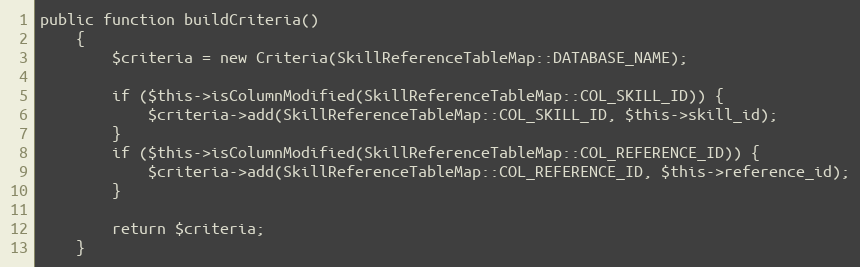
Language: PHP
public function buildCriteria()
    {
        $criteria = new Criteria(SkillReferenceTableMap::DATABASE_NAME);

        if ($this->isColumnModified(SkillReferenceTableMap::COL_SKILL_ID)) {
            $criteria->add(SkillReferenceTableMap::COL_SKILL_ID, $this->skill_id);
        }
        if ($this->isColumnModified(SkillReferenceTableMap::COL_REFERENCE_ID)) {
            $criteria->add(SkillReferenceTableMap::COL_REFERENCE_ID, $this->reference_id);
        }

        return $criteria;
    }